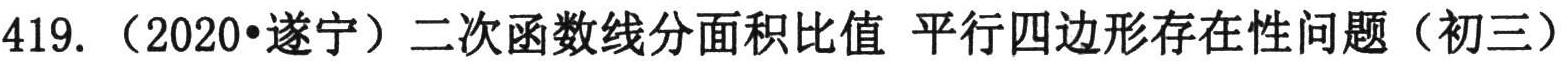
419.（2020•遂宁）二次函数线分面积比值 平行四边形存在性问题（初三）